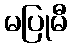
မပြုမီ